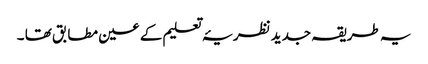
یہ طریقہ جدید نظریۂ تعلیم کے عین مطابق تھا ۔